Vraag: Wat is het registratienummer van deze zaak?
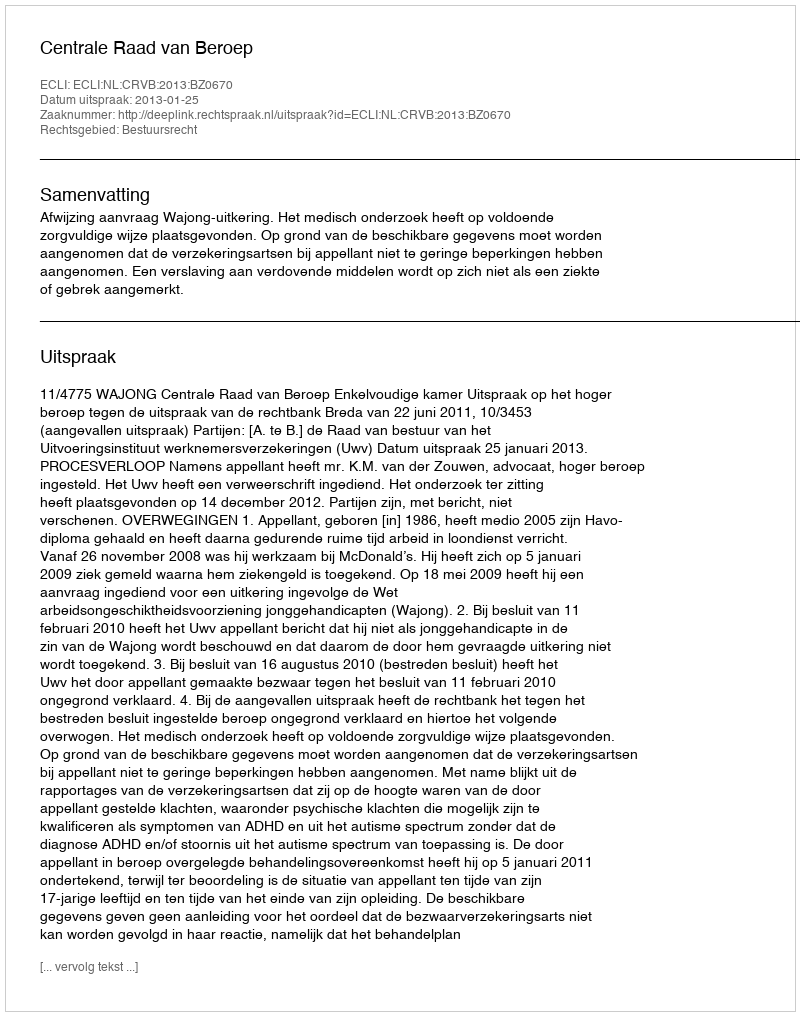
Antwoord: http://deeplink.rechtspraak.nl/uitspraak?id=ECLI:NL:CRVB:2013:BZ0670